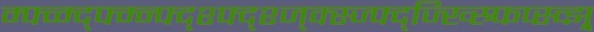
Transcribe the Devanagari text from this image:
म्फ्व्म्द्फ्म्न्फ्द्श्फ्द्श्ज्क्स्ज्फ्द्ज्ख्स्र्फिप्स्व्झ्र्